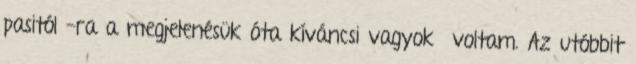
pasitól -ra a megjelenésük óta kíváncsi vagyok voltam. Az utóbbit